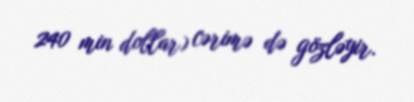
240 min dollar) cərimə də gözləyir.